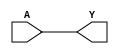
module HB1xp67_ASAP7_75t_SL (Y, A);
	output Y;
	input A;

	// Function
	buf (Y, A);

	endmodule

module FAx1_ASAP7_75t_SL (CON, SN, A, B, CI);
	output CON, SN;
	input A, B, CI;

	// Function
	wire A__bar, B__bar, CI__bar;
	wire int_fwire_0, int_fwire_1, int_fwire_2;
	wire int_fwire_3, int_fwire_4, int_fwire_5;
	wire int_fwire_6;

	not (CI__bar, CI);
	not (B__bar, B);
	and (int_fwire_0, B__bar, CI__bar);
	not (A__bar, A);
	and (int_fwire_1, A__bar, CI__bar);
	and (int_fwire_2, A__bar, B__bar);
	or (CON, int_fwire_2, int_fwire_1, int_fwire_0);
	and (int_fwire_3, A__bar, B__bar, CI__bar);
	and (int_fwire_4, A__bar, B, CI);
	and (int_fwire_5, A, B__bar, CI);
	and (int_fwire_6, A, B, CI__bar);
	or (SN, int_fwire_6, int_fwire_5, int_fwire_4, int_fwire_3);
	endmodule

module HAxp5_ASAP7_75t_SL (CON, SN, A, B);
	output CON, SN;
	input A, B;

	// Function
	wire A__bar, B__bar, int_fwire_0;
	wire int_fwire_1;

	not (B__bar, B);
	not (A__bar, A);
	or (CON, A__bar, B__bar);
	and (int_fwire_0, A__bar, B__bar);
	and (int_fwire_1, A, B);
	or (SN, int_fwire_1, int_fwire_0);
endmodule